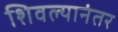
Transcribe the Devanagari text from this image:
शिवल्यानंतर